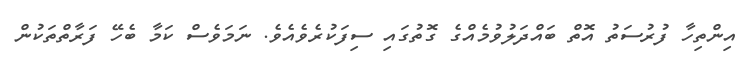
އިންތިހާ ފުރުސަތު އޮތް ބައްދަލުވުމެއްގެ ގޮތުގައި ސިފަކުރެވެއެވެ. ނަމަވެސް ކަމާ ބެހޭ ފަރާތްތަކުން